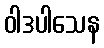
ဝါဒပါသေန